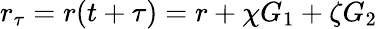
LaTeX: r_{\tau}=r(t+\tau)=r+\chi G_{1}+\zeta G_{2}